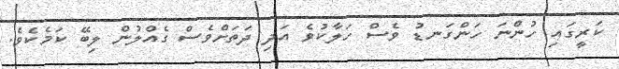
ކަރީގައި ހުންނަ ހަންގަނޑު ވެސް ހަލާކުވެ އަދި ދަތަށްވެސް ގެއްލުން ލިބޭ ކަމެކެވެ.